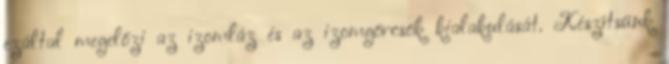
ezáltal megelőzi az izomláz és az izomgörcsök kialakulását. Készítsünk